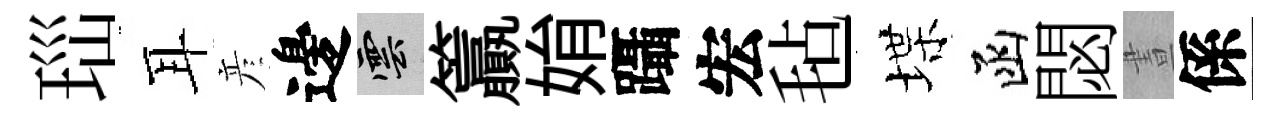
𤤼耳彦邊雲籯姢躡宏毡堞函閟晝係